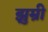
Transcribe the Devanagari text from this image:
झुम्री